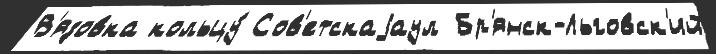
В'язовка кольцу́ Сов'етскаjаул Бр'янск-Льговск'ий